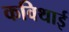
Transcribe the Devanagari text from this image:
कविथाई